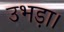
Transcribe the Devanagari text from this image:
उभड़ा।